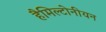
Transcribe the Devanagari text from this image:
हैमिल्टोनीयन